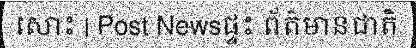
សោះ | Post Newsផ្ទះ ព័ត៌មានជាតិ